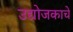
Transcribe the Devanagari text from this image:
उद्योजकाचे